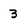
Character: 3